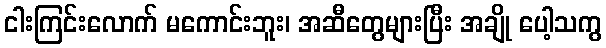
ငါးကြင်းလောက် မကောင်းဘူး၊ အဆီတွေများပြီး အချို ပေါ့သကွ